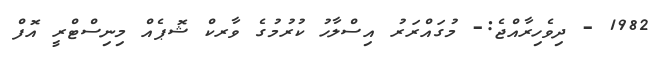
1982 - ދިވެހިރާއްޖެ:- މުގައްރަރު އިސްލާހު ކުރުމުގެ ވާރކް ޝޮޕެއް މިނިސްޓްރީ އޮފް